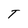
Character: T